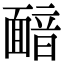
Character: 𩈴